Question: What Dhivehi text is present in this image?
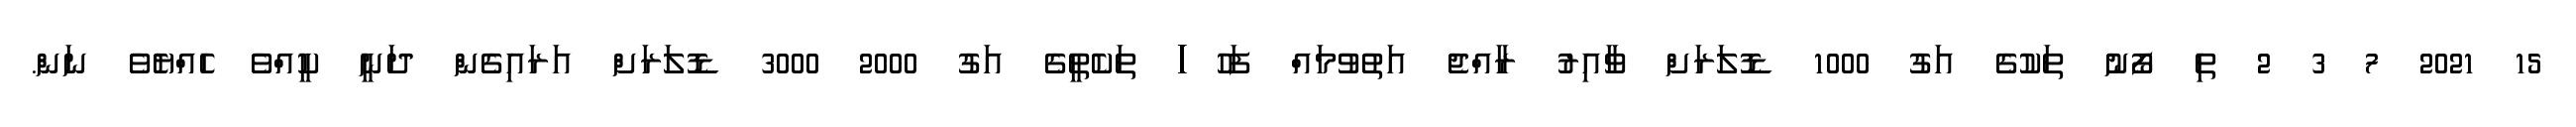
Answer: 15 2021 7 3 2 ތި ފޯނު ތަކުގެ އަގު 1000 ޑޮލަރަށް ވާއިރު ރާއްޖެ އަތުވުމައް ފަހު ަަަަަަަަަަަަަަަަަަަަަަަަަަަަަަަަަަަަަަ ތަކެތީގެ އަގު 2000 3000 ޑޮލަރަށް އަރައިގެން ދަނީ ކީއްވެ ހެއްޔެވެ ނަން.